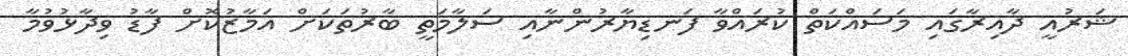
ޝަރުއީ ދާއިރާގައި މަސައްކަތް ކުރައްވާ ފަނޑިޔާރުންނާއި ސަލާމަތީ ބާރުތަކަށް އަމާޒުކޮށް ފާޑު ވިދާޅުވުމާ